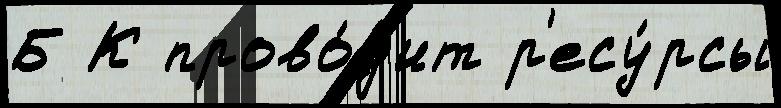
Б К прово́д'ит р'есу́рсы